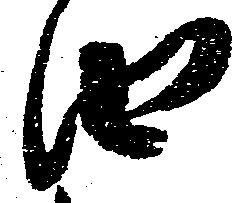
由